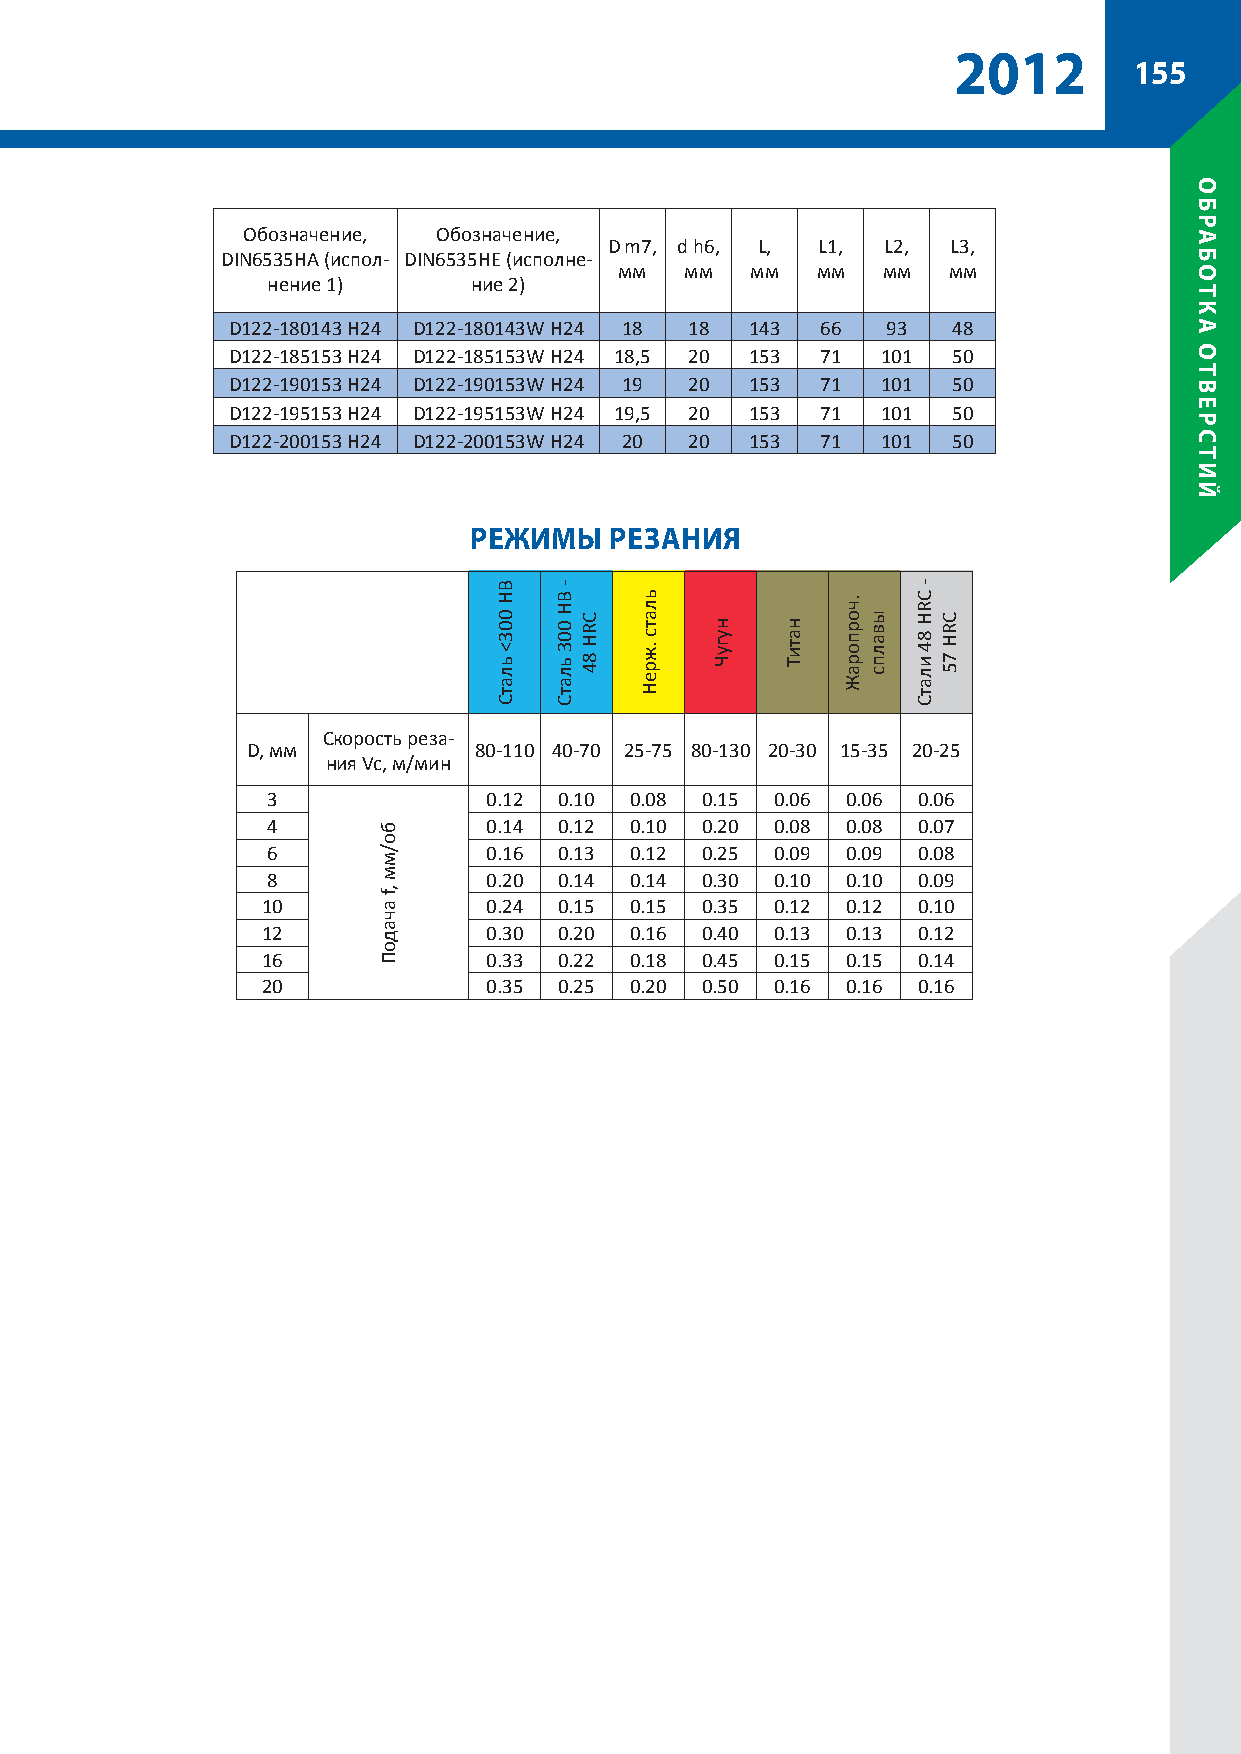
2012
 155
 Обозначение, Обозначение,
 D m7, d h6, L, L1, L2, L3,
 DIN6535HA (испол- DIN6535HE (исполне-
 мм  мм   мм  мм  мм   мм
 нение 1)     ние 2)
 D122-180143 H24 D122-180143W H24 18 18 143 66 93 48
 D122-185153 H24 D122-185153W H24 18,5 20 153 71 101 50
 D122-190153 H24 D122-190153W H24 19 20 153 71 101 50
 D122-195153 H24 D122-195153W H24 19,5 20 153 71 101 50
 D122-200153 H24 D122-200153W H24 20 20 153 71 101 50
 рЕЖиМы   рЕзания
 Скорость реза-
 D, мм          80-110 40-70 25-75 80-130 20-30 15-35 20-25
 ния Vc, м/мин
 3             0.12 0.10 0.08 0.15 0.06 0.06 0.06
 4             0.14 0.12 0.10 0.20 0.08 0.08 0.07
 6             0.16 0.13 0.12 0.25 0.09 0.09 0.08
 8             0.20 0.14 0.14 0.30 0.10 0.10 0.09
 10             0.24 0.15 0.15 0.35 0.12 0.12 0.10
 12             0.30 0.20 0.16 0.40 0.13 0.13 0.12
 16             0.33 0.22 0.18 0.45 0.15 0.15 0.14
 20             0.35 0.25 0.20 0.50 0.16 0.16 0.16
 бо/мм
 ,f
 ачадоП
 BH
 003<
 ьлатС
 -
 BH
 003
 ьлатС
 CRH
 84
 ьлатс
 .жреН
 нугуЧ натиТ
 .чорпораЖ
 ывалпс
 -
 CRH
 84
 илатС
 CRH
 75
 обрабоТка
 оТвЕрсТий